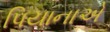
પિયાનાએ